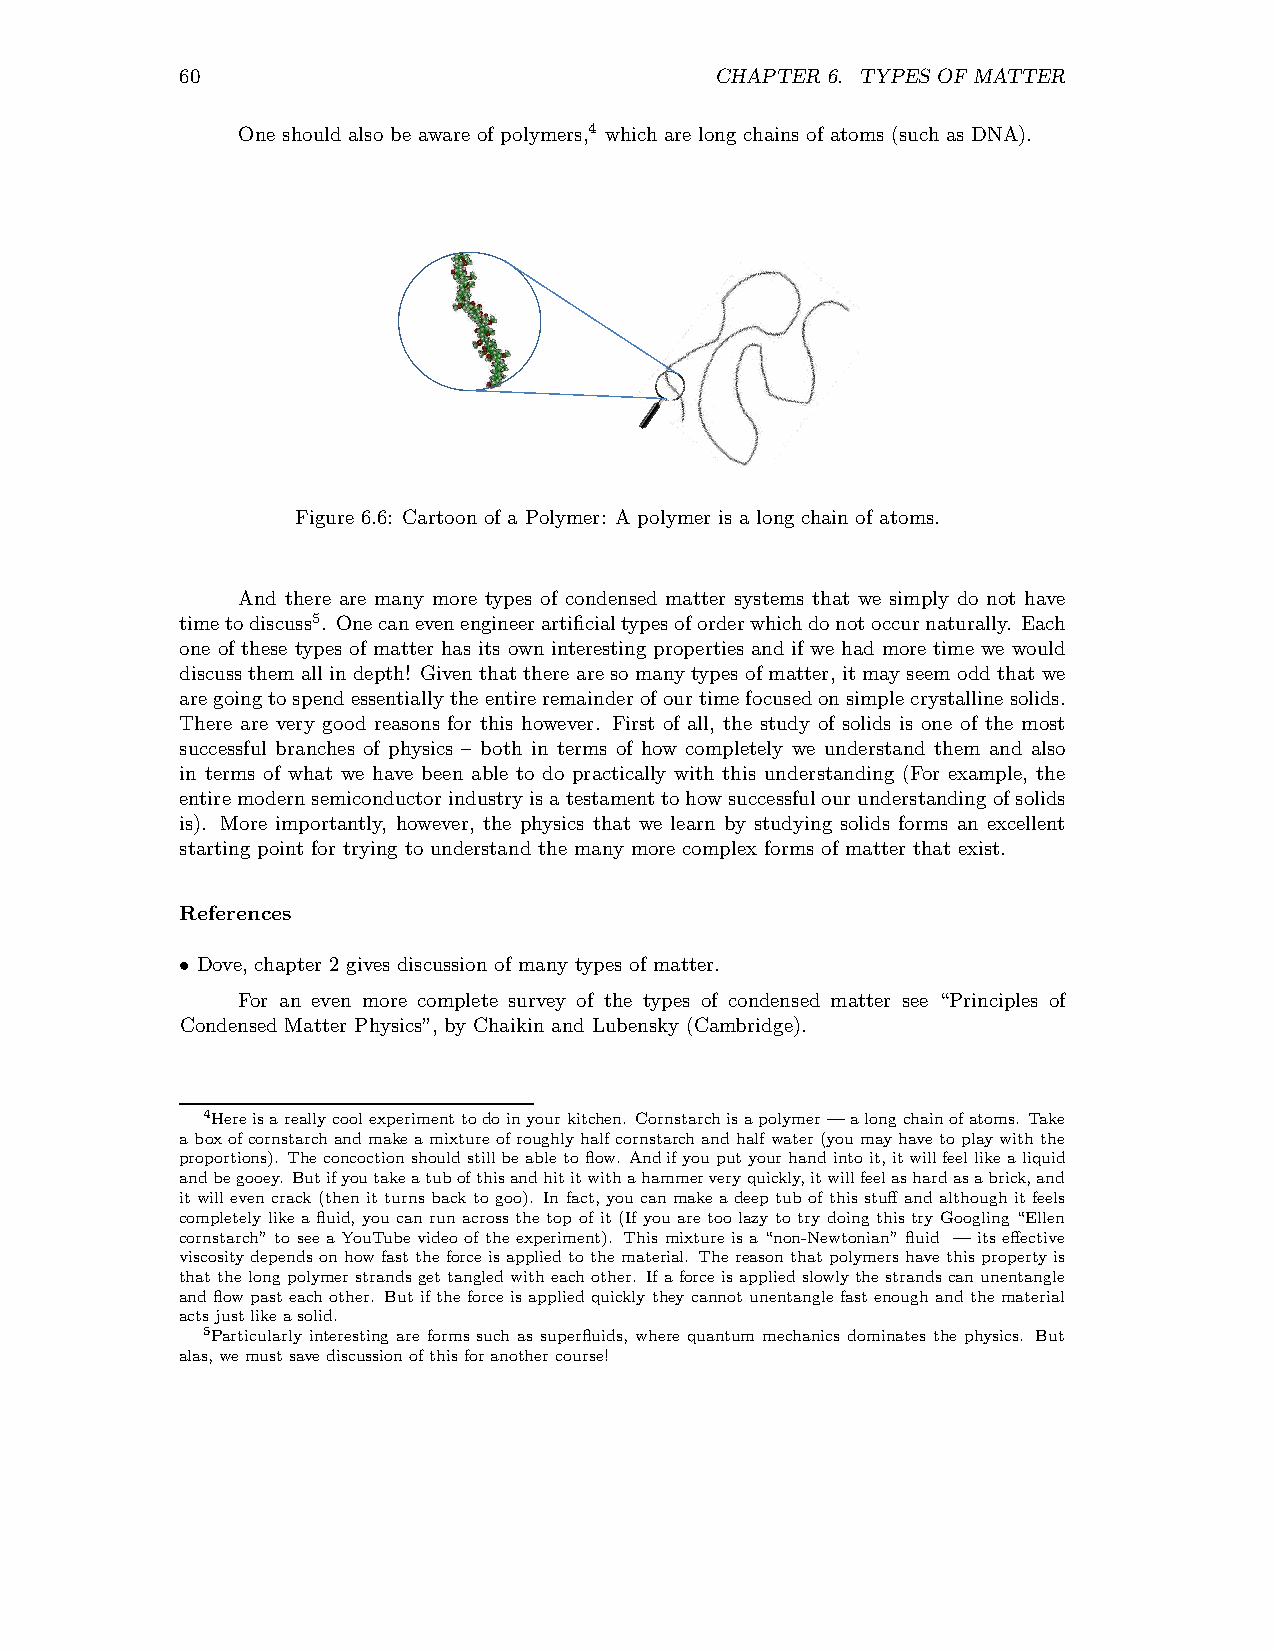
60                                 CHAPTER 6. TYPES OF MATTER
 One should also be aware of polymers,4 which are long chains of atoms (such as DNA).
 Figure 6.6: Cartoon of a Polymer: A polymer is a long chain of atoms.
 And there are many more types of condensed matter systems that we simply do not have
 timetodiscuss5. Onecanevenengineerartificialtypesoforderwhichdonotoccurnaturally. Each
 one of these types of matter has its own interesting properties and if we had more time we would
 discuss them allin depth! Giventhatthere areso many types ofmatter, it mayseem oddthat we
 aregoingtospendessentiallythe entireremainderofourtime focusedonsimplecrystallinesolids.
 There are very good reasons for this however. First of all, the study of solids is one of the most
 successful branches of physics – both in terms of how completely we understand them and also
 in terms of what we have been able to do practically with this understanding (For example, the
 entiremodernsemiconductorindustryisatestamenttohowsuccessfulourunderstandingofsolids
 is). More importantly, however, the physics that we learn by studying solids forms an excellent
 starting point for trying to understand the many more complex forms of matter that exist.
 References
 Dove, chapter 2 gives discussion of many types of matter.
 •
 For an even more complete survey of the types of condensed matter see “Principles of
 Condensed Matter Physics”,by Chaikin and Lubensky (Cambridge).
 4Hereisareallycoolexperimenttodoinyourkitchen. Cornstarchisapolymer—alongchainofatoms. Take
 aboxofcornstarchandmakeamixtureofroughlyhalfcornstarchandhalfwater (youmayhavetoplaywiththe
 proportions). Theconcoction shouldstillbeabletoflow. Andifyouputyourhandintoit,itwillfeellikealiquid
 andbegooey. Butifyoutakeatubofthisandhititwithahammerveryquickly,itwillfeelashardasabrick,and
 it willeven crack (then it turns back to goo). In fact, you can make adeep tub of this stuff and although it feels
 completely like a fluid, you can run across the top of it (If you are too lazy to try doing this try Googling “Ellen
 cornstarch” to see a YouTube video of the experiment). This mixture is a “non-Newtonian” fluid — its effective
 viscositydepends on how fasttheforceisappliedto thematerial. Thereasonthat polymers have this propertyis
 that the long polymer strands get tangled witheach other. If aforceisapplied slowlythe strands can unentangle
 and flow past each other. But ifthe forceis appliedquickly they cannot unentangle fast enough and the material
 acts justlikeasolid.
 5Particularly interesting are forms such as superfluids, where quantum mechanics dominates the physics. But
 alas,wemustsavediscussionofthisforanothercourse!